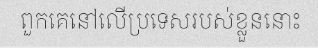
ពួកគេនៅលើប្រទេសរបស់ខ្លួននោះ